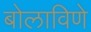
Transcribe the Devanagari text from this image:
बोलाविणे